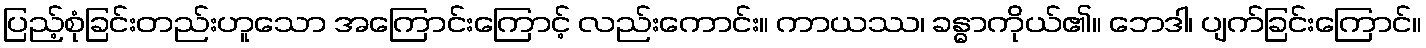
ပြည့်စုံခြင်းတည်းဟူသော အကြောင်းကြောင့် လည်းကောင်း။ ကာယဿ၊ ခန္ဓာကိုယ်၏။ ဘေဒါ၊ ပျက်ခြင်းကြောင်။